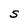
Character: S